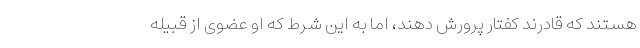
هستند که قادرند کفتار پرورش دهند، اما به این شرط که او عضوی از قبیله